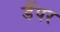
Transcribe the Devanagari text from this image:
डैंपर